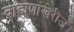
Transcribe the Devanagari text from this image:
ब्राह्मणांखेरीज